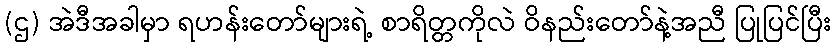
(ဌ) အဲဒီအခါမှာ ရဟန်းတော်များရဲ့ စာရိတ္တကိုလဲ ဝိနည်းတော်နဲ့အညီ ပြုပြင်ပြီး